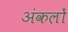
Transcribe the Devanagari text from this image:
अंकलों